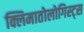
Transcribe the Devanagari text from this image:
क्लिमातोलोगिस्ट्स